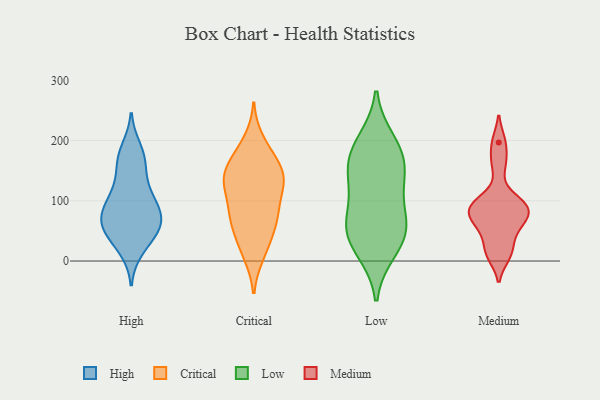
{"axis": {"x": "Shipments", "y": "Value"}, "legend": ["Critical", "High", "Low", "Medium"], "data": [{"x": "", "y": 88, "type": "High"}, {"x": "", "y": 123, "type": "High"}, {"x": "", "y": 19, "type": "High"}, {"x": "", "y": 66, "type": "High"}, {"x": "", "y": 161, "type": "High"}, {"x": "", "y": 53, "type": "High"}, {"x": "", "y": 96, "type": "High"}, {"x": "", "y": 72, "type": "High"}, {"x": "", "y": 50, "type": "High"}, {"x": "", "y": 169, "type": "High"}, {"x": "", "y": 128, "type": "High"}, {"x": "", "y": 63, "type": "High"}, {"x": "", "y": 52, "type": "High"}, {"x": "", "y": 174, "type": "High"}, {"x": "", "y": 26, "type": "High"}, {"x": "", "y": 98, "type": "High"}, {"x": "", "y": 92, "type": "High"}, {"x": "", "y": 60, "type": "High"}, {"x": "", "y": 186, "type": "High"}, {"x": "", "y": 60, "type": "Critical"}, {"x": "", "y": 68, "type": "Critical"}, {"x": "", "y": 85, "type": "Critical"}, {"x": "", "y": 175, "type": "Critical"}, {"x": "", "y": 127, "type": "Critical"}, {"x": "", "y": 141, "type": "Critical"}, {"x": "", "y": 138, "type": "Critical"}, {"x": "", "y": 148, "type": "Critical"}, {"x": "", "y": 80, "type": "Critical"}, {"x": "", "y": 11, "type": "Critical"}, {"x": "", "y": 141, "type": "Critical"}, {"x": "", "y": 79, "type": "Critical"}, {"x": "", "y": 199, "type": "Critical"}, {"x": "", "y": 175, "type": "Critical"}, {"x": "", "y": 41, "type": "Critical"}, {"x": "", "y": 119, "type": "Critical"}, {"x": "", "y": 135, "type": "Critical"}, {"x": "", "y": 18, "type": "Critical"}, {"x": "", "y": 62, "type": "Low"}, {"x": "", "y": 153, "type": "Low"}, {"x": "", "y": 129, "type": "Low"}, {"x": "", "y": 190, "type": "Low"}, {"x": "", "y": 110, "type": "Low"}, {"x": "", "y": 57, "type": "Low"}, {"x": "", "y": 200, "type": "Low"}, {"x": "", "y": 23, "type": "Low"}, {"x": "", "y": 53, "type": "Low"}, {"x": "", "y": 62, "type": "Low"}, {"x": "", "y": 174, "type": "Low"}, {"x": "", "y": 16, "type": "Low"}, {"x": "", "y": 152, "type": "Low"}, {"x": "", "y": 91, "type": "Medium"}, {"x": "", "y": 97, "type": "Medium"}, {"x": "", "y": 197, "type": "Medium"}, {"x": "", "y": 161, "type": "Medium"}, {"x": "", "y": 80, "type": "Medium"}, {"x": "", "y": 73, "type": "Medium"}, {"x": "", "y": 10, "type": "Medium"}, {"x": "", "y": 64, "type": "Medium"}, {"x": "", "y": 96, "type": "Medium"}, {"x": "", "y": 47, "type": "Medium"}, {"x": "", "y": 17, "type": "Medium"}]}